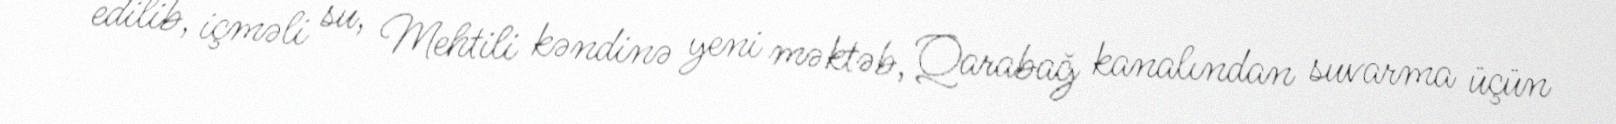
edilib, içməli su, Mehtili kəndinə yeni məktəb, Qarabağ kanalından suvarma üçün